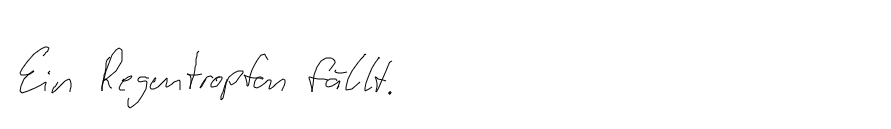
Ein Regentropfen fällt.